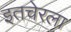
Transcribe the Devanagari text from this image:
इतचेरला